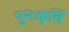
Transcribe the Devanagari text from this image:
पुनःकृर्ति